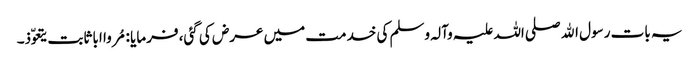
یہ بات رسول اﷲ صلی اللہ علیہ وآلہ وسلم کی خدمت میں عرض کی گئی، فرمایا : مُروا ابا ثابت یتعوّذ۔